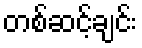
တစ်ဆင့်ချင်း